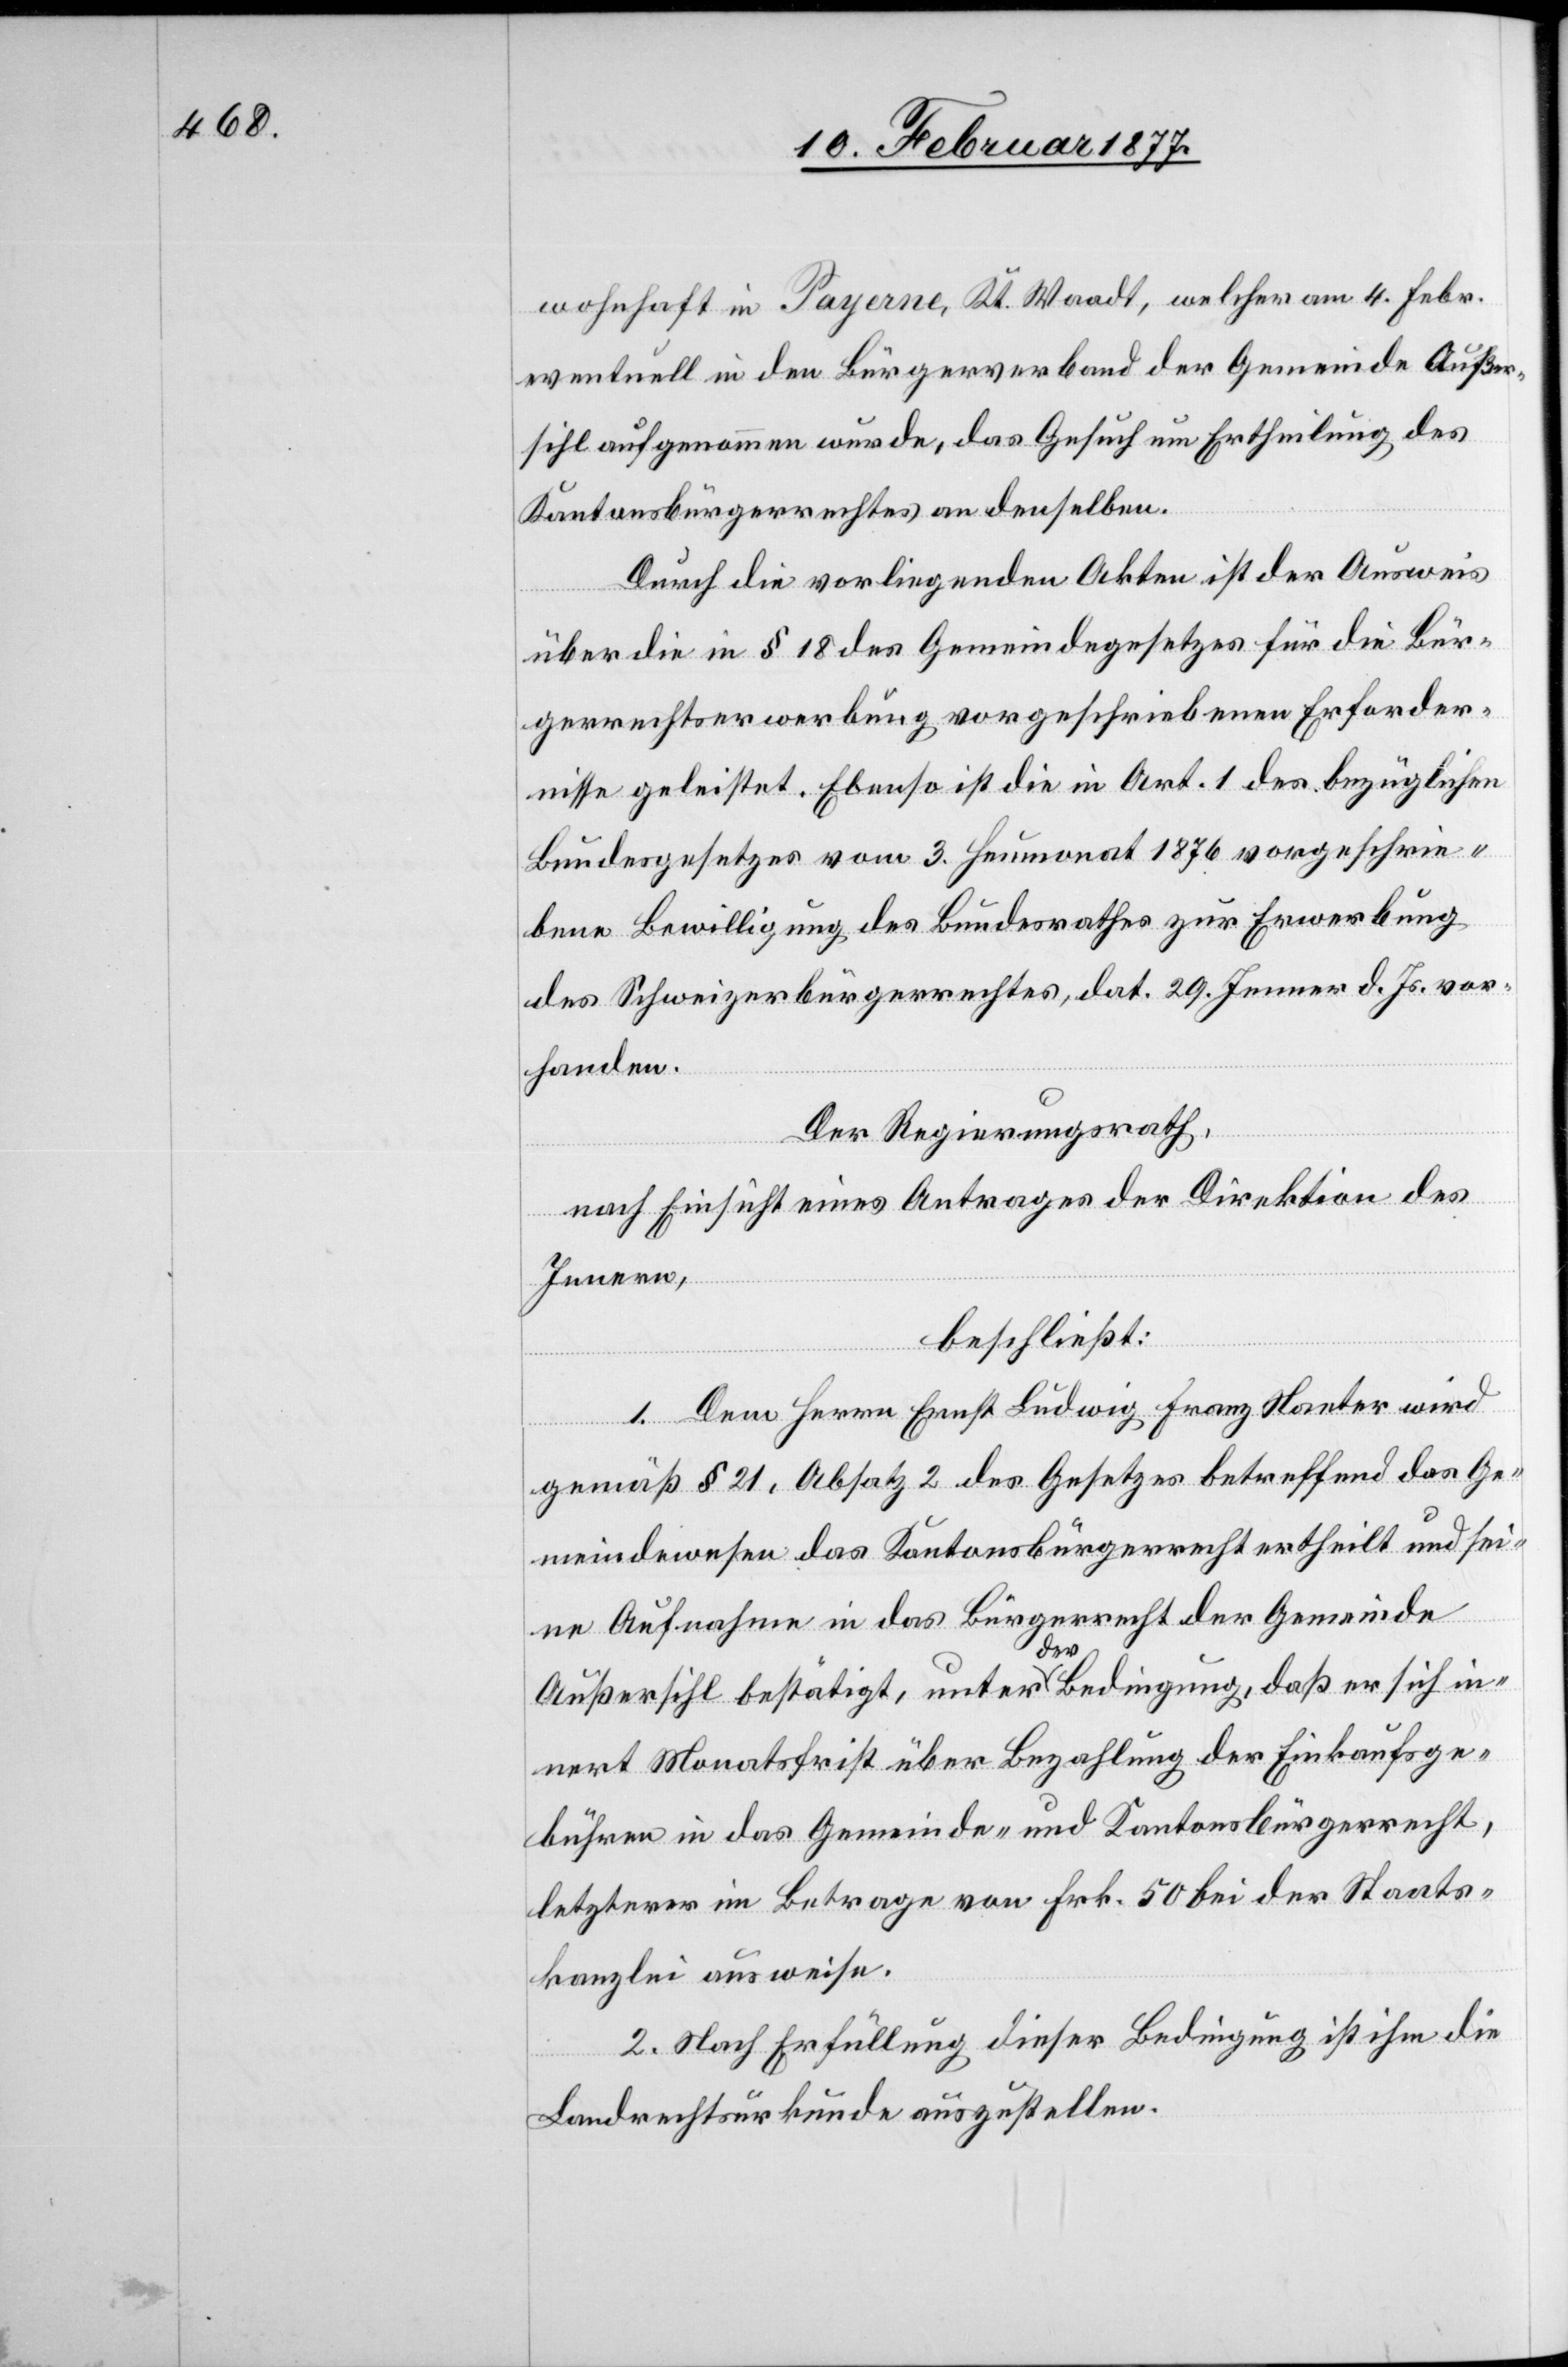
wohnhaft in Payerne, Kt. Waadt, welcher am 4. Febr.
eventuell in den Bürgerverband der Gemeinde Außer¬
sihl aufgenommen wurde, das Gesuch um Ertheilung des
Kantonsbürgerrechtes an denselben.
Durch die vorliegenden Akten ist der Ausweis
über die in § 18 des Gemeindegesetzes für die Bür¬
gerrechtserwerbung vorgeschriebenen Erforder¬
nisse geleistet. Ebenso ist die in Art. 1 des bezüglichen
Bundesgesetzes vom 3. Heumonat 1876 vorgeschrie¬
bene Bewilligung des Bundesrathes zur Erwerbung
des Schweizerbürgerrechtes, dat. 29. Jenner d. Js. vor¬
handen.
Der Regierungsrath,
nach Einsicht eines Antrages der Direktion des
Innern,
beschließt:
1. Dem Herrn Ernst Ludwig Franz Nanter wird
gemäß § 21, Absatz 2 des Gesetzes betreffend das Ge¬
meindewesen das Kantonsbürgerrecht ertheilt und sei¬
ne Aufnahme in das Bürgerrecht der Gemeinde
Außersihl bestätigt, unter der Bedingung, daß er sich in¬
nert Monatsfrist über Bezahlung der Einkaufsge¬
bühren in das Gemeinde- und Kantonsbürgerrecht,
letzterer im Betrage von Frk. 50 bei der Staats¬
kanzlei ausweise.
2. Nach Erfüllung dieser Bedingung ist ihm die
Landrechtsurkunde auszustellen.